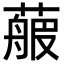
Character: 𦻉